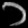
Digit: ၁